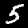
Digit: 5